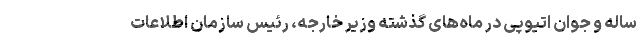
ساله و جوان اتیوپی در ماه‌های گذشته وزیر خارجه، رئیس سازمان اطلاعات